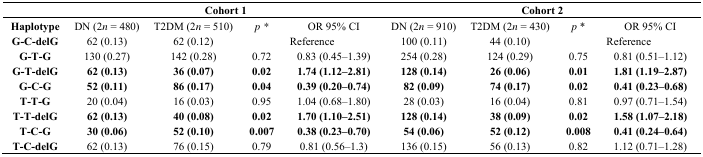
<table><thead><tr><td></td><td colspan="4"><b>Cohort 1</b></td><td colspan="4"><b>Cohort 2</b></td></tr></thead><tbody><tr><td><b>Haplotype</b></td><td>DN (2<i>n</i> = 480)</td><td>T2DM (2<i>n</i> = 510)</td><td><i>p *</i></td><td>OR 95% CI</td><td>DN (2<i>n</i> = 910)</td><td>T2DM (2<i>n</i> = 430)</td><td><i>p</i> *</td><td>OR 95% CI</td></tr><tr><td><b>G-C-delG</b></td><td>62 (0.13)</td><td>62 (0.12)</td><td colspan="2">Reference</td><td>100 (0.11)</td><td>44 (0.10)</td><td colspan="2">Reference</td></tr><tr><td><b>G-T-G</b></td><td>130 (0.27)</td><td>142 (0.28)</td><td>0.72</td><td>0.83 (0.45–1.39)</td><td>254 (0.28)</td><td>124 (0.29)</td><td>0.75</td><td>0.81 (0.51–1.12)</td></tr><tr><td><b>G-T-delG</b></td><td><b>62 (0.13)</b></td><td><b>36 (0.07)</b></td><td><b>0.02</b></td><td><b>1.74 (1.12–2.81)</b></td><td><b>128 (0.14)</b></td><td><b>26 (0.06)</b></td><td><b>0.01</b></td><td><b>1.81 (1.19–2.87)</b></td></tr><tr><td><b>G-C-G</b></td><td><b>52 (0.11)</b></td><td><b>86 (0.17)</b></td><td><b>0.04</b></td><td><b>0.39 (0.20–0.74)</b></td><td><b>82 (0.09)</b></td><td><b>74 (0.17)</b></td><td><b>0.02</b></td><td><b>0.41 (0.23–0.68)</b></td></tr><tr><td><b>T-T-G</b></td><td>20 (0.04)</td><td>16 (0.03)</td><td>0.95</td><td>1.04 (0.68–1.80)</td><td>28 (0.03)</td><td>16 (0.04)</td><td>0.81</td><td>0.97 (0.71–1.54)</td></tr><tr><td><b>T-T-delG</b></td><td><b>62 (0.13)</b></td><td><b>40 (0.08)</b></td><td><b>0.02</b></td><td><b>1.70 (1.10–2.51)</b></td><td><b>128 (0.14)</b></td><td><b>38 (0.09)</b></td><td><b>0.02</b></td><td><b>1.58 (1.07–2.18)</b></td></tr><tr><td><b>T-C-G</b></td><td><b>30 (0.06)</b></td><td><b>52 (0.10)</b></td><td><b>0.007</b></td><td><b>0.38 (0.23–0.70)</b></td><td><b>54 (0.06)</b></td><td><b>52 (0.12)</b></td><td><b>0.008</b></td><td><b>0.41 (0.24–0.64)</b></td></tr><tr><td><b>T-C-delG</b></td><td>62 (0.13)</td><td>76 (0.15)</td><td>0.79</td><td>0.81 (0.56–1.3)</td><td>136 (0.15)</td><td>56 (0.13)</td><td>0.82</td><td>1.12 (0.71–1.28)</td></tr></tbody></table>